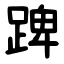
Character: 䠋